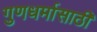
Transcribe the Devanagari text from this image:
गुणधर्मासाठी